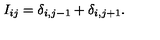
I _ { i j } = \delta _ { i , j - 1 } + \delta _ { i , j + 1 } .